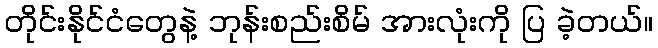
တိုင်းနိုင်ငံတွေနဲ့ ဘုန်းစည်းစိမ် အားလုံးကို ပြ ခဲ့တယ်။